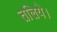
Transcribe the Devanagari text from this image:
तलिये।